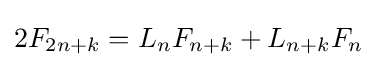
2F_{2n+k}=L_{n}F_{n+k}+L_{n+k}F_{n}